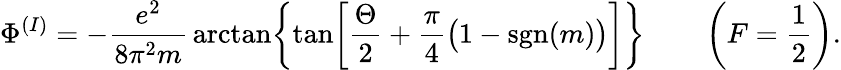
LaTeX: \Phi^{(I)}=-{\frac{e^{2}}{8\pi^{2}m}}\arctan\biggl\{ \tan\biggl[{\frac{\Theta}{2}}+{\frac{\pi}{4}}\bigl(1-\mathrm{sgn}(m)\bigr)\biggr]\biggr\} \qquad\left(F=\frac{1}{2}\right).